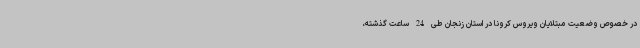
در خصوص وضعیت مبتلایان ویروس کرونا در استان زنجان طی 24 ساعت گذشته،